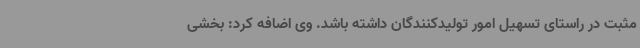
مثبت در راستای تسهیل امور تولیدکنندگان داشته باشد. وی اضافه کرد: بخشی